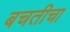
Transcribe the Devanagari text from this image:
बचतीचा